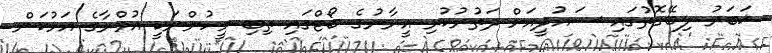
ޚަބަރު ލިބޭގޮތުގައި ސައުދީއަށް ދަތުރުކުރި އީރާނުގެ ބޯޓްގައި ތިބި މީހުންނަކީ އުމްރާގެ އަޅުކަން